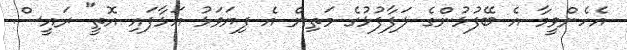
އެހެންވީމާ އެ ބޭފުޅުންގެ ލަފާފުޅުގެ މަތިން އެ ފިޔަވަޅު އަޅާފައި އޮތީ" ރައީސް